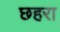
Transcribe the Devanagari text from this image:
छहरा